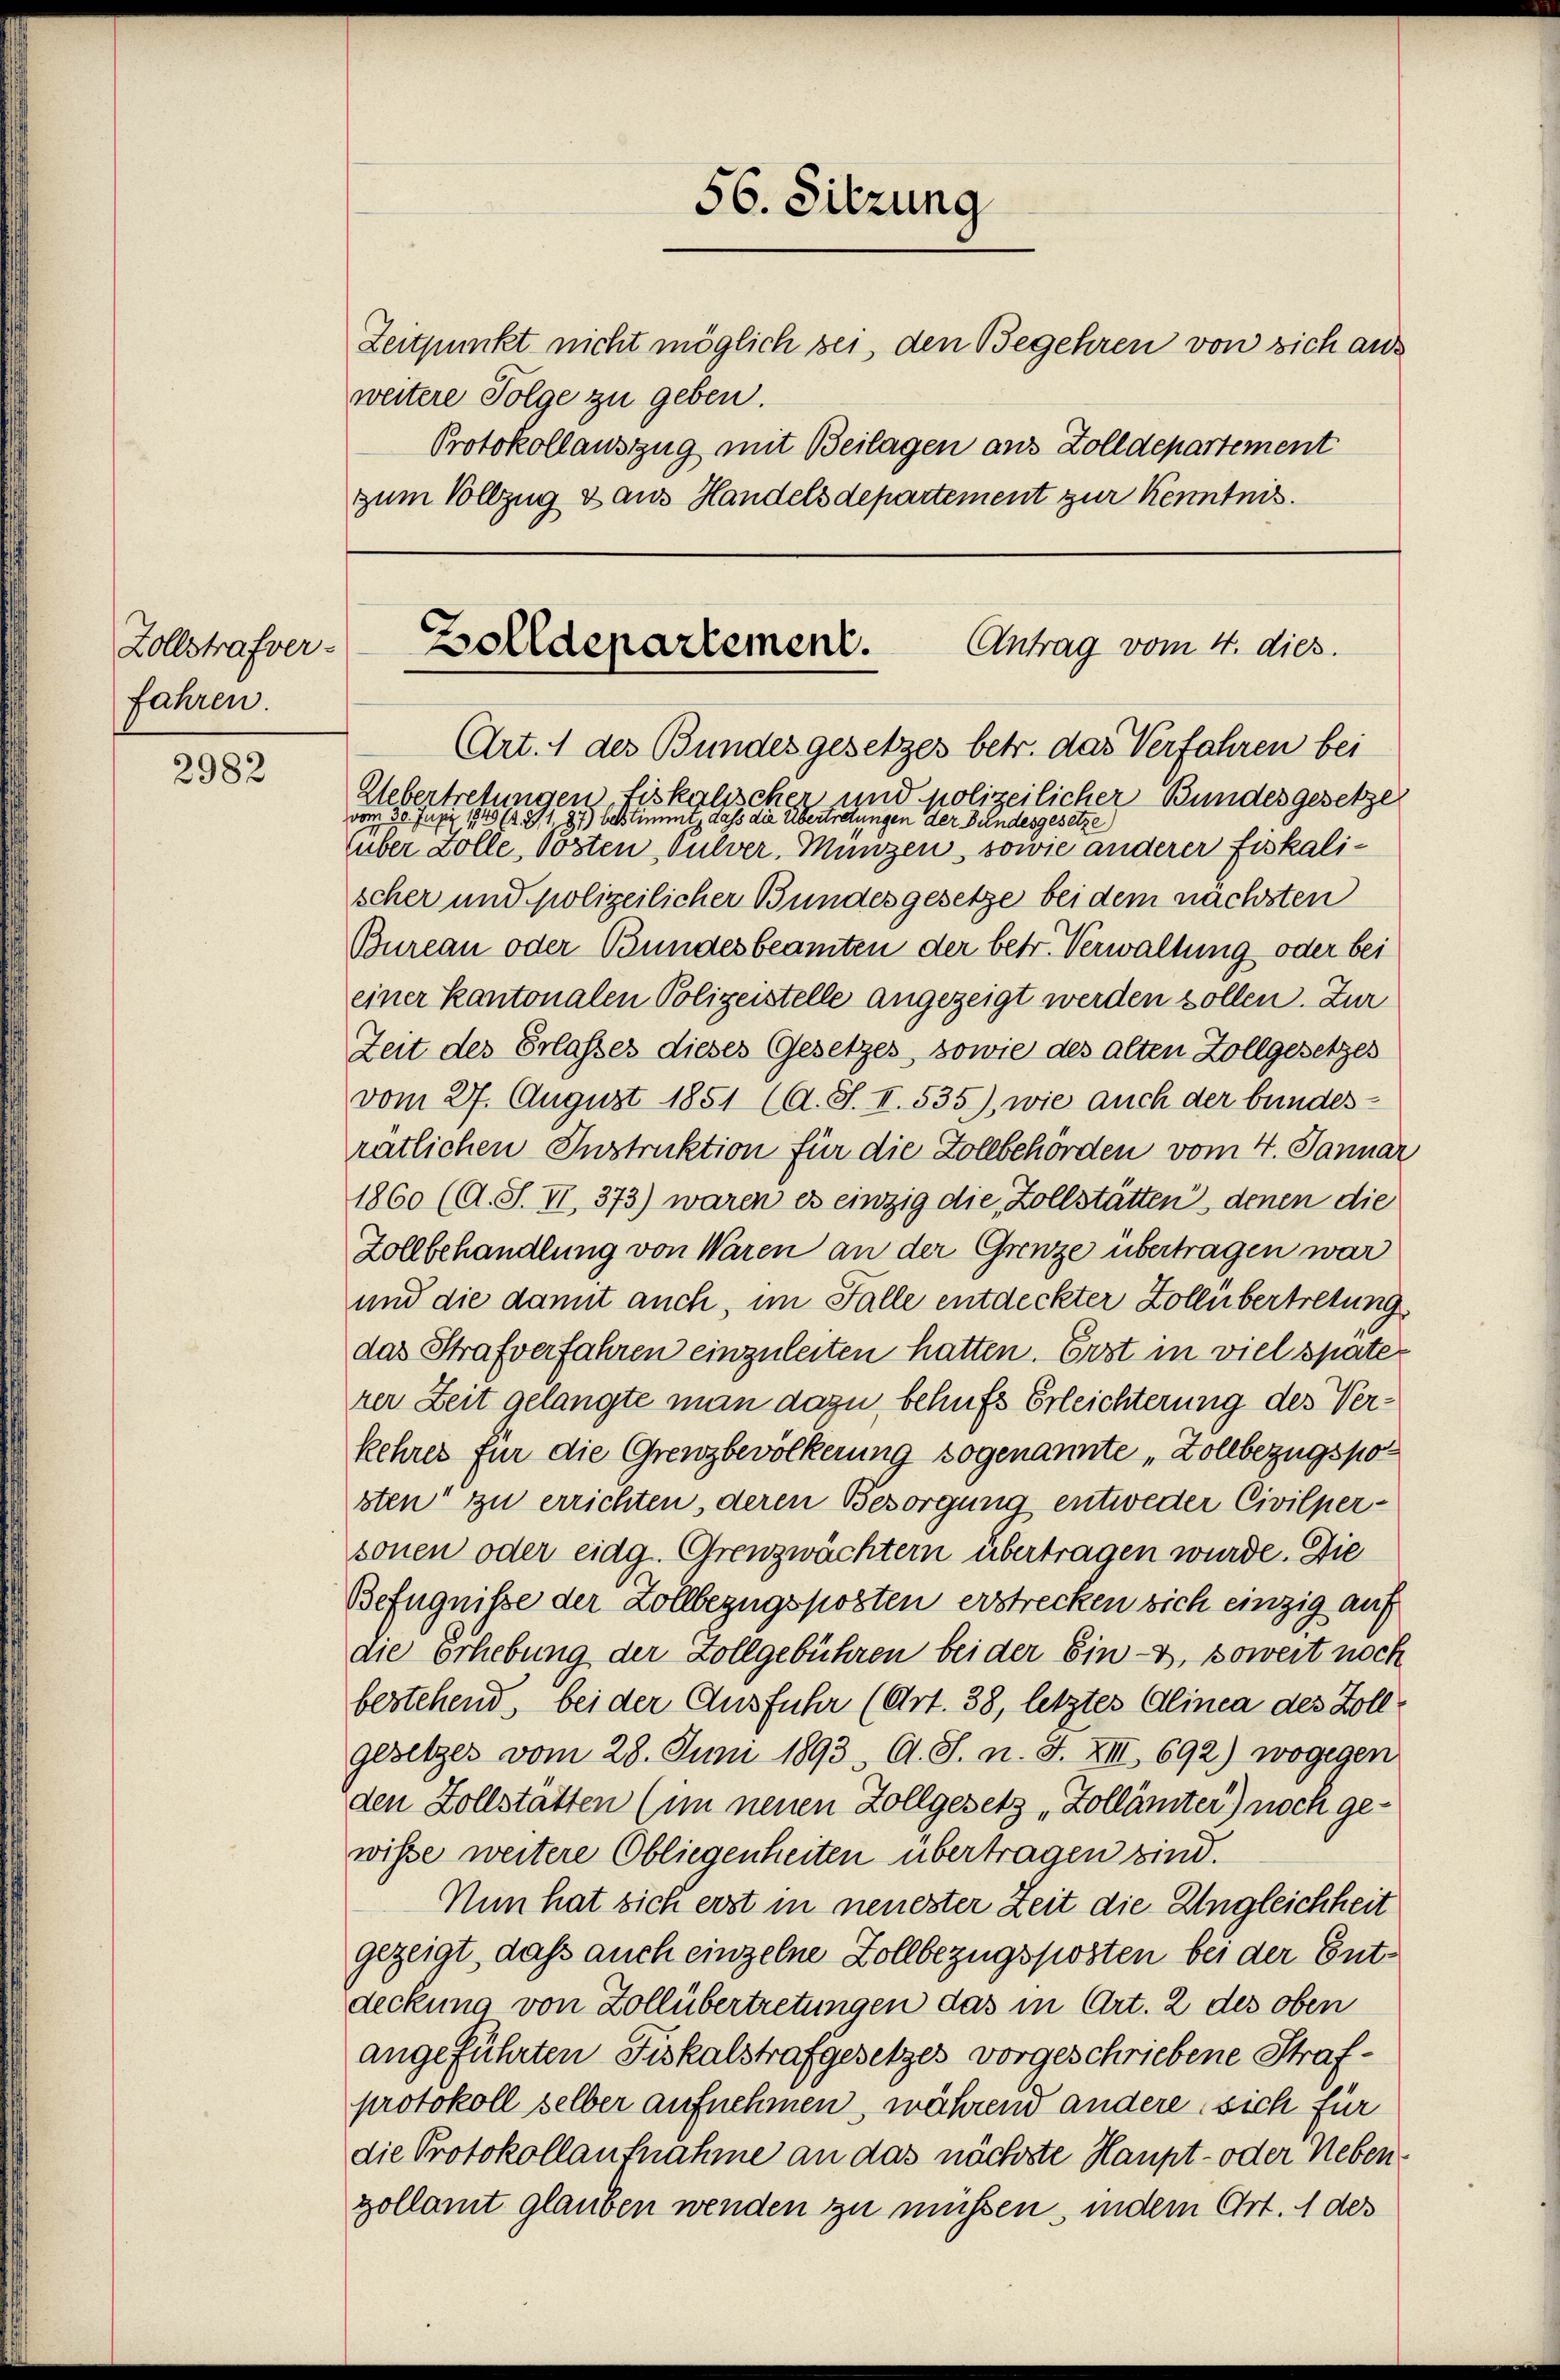
Zollstrafver-
fahren.

2982

weitere Folge zu geben.

56. Sitzung
Zeitpunkt nicht möglich sei, den Begehren von sich aus
Protokollauszug mit Beilagen aus Zolldepartement
zum Vollzug & aus Handels departement zur Kenntnis.

Antrag vom 4. dies
Zolldepartement.
Art. 1 des Bundes gesetzes betr. das Verfahren bei

Uebertretungen fiskalischen, und polizeilicher Bundesgesetze
vom 30. Juni 1849 (171. 87) bestimmt, dass die Übertretungen der Bundesgesetze
über solle, Posten Pulver, Münzen, sowie anderer Fiskalischer und polizeilicher Bundesgesetze bei dem nächsten
Bureau oder Bundesbeamten der betr. Verwaltung oder bei
einer kantonalen Polizeistelle angezeigt werden sollen. Zur
Zeit des Erlasses dieses Gesetzes, sowie des alten Zollgesetzes
vom 27. August 1851 (A. S. I. 535), wie auch der bundes-
ratlichen Instruktion für die Zollbehörden vom 4. Januar
1860 (A. S. II, 373) waren es einzig die Zollstätten, denen die
Zollbehandlung von Waren an der Grenze übertragen war
und die damit auch, im Falle entdeckter Zollübertretung
das Strafverfahren einzuleiten hatten. Erst in viel spate
rer Zeit gelangte man dazu, behufs Erleichterung des Verkehrer für die Grenzbevölkerung sogenannte „Zollbezugsposten“ zu errichten, deren Besorgung entweder Civilpersonen oder eidg. Grenzwächtern übertragen wurde. Die
Befugnisse der Zollbezugsposten erstrecken sich einzig auf
die erhebung der Zollgebühren bei der Ein-, soweit noch
bestehend, bei der Ausfuhr (Art. 38, letztes Alinea des Zollgesetzes vom 28. Juni 1893, A. S. n. F. XIII 692) wogegen
den Zollstätten (im neuen Zollgesetz „Zollämter) noch gewisse weitere Obliegenheiten übertragen sind.
Nun hat sich erst in neuester Zeit die Ungleichheit
gezeigt, daß auch einzelne Zollbezugsposten bei der Entdeckung von Zollübertretungen das in Art. 2 des oben
angeführten Fiskalstrafgesetzes vorgeschriebene Strafprotokoll selber aufnehmen, während andere sich für
die Protokollaufnahme an das nächste Haupt- oder Nebenzollamt glauben wenden zu müssen, indem Ort. 1 des